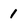
Character: 1